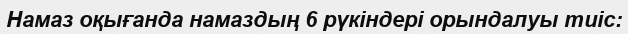
Намаз оқығанда намаздың 6 рүкіндері орындалуы тиіс: